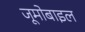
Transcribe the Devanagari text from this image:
जूमोबाइल